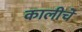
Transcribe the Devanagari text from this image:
कालीचे